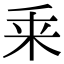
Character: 𠂲